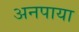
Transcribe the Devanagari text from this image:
अनपाया